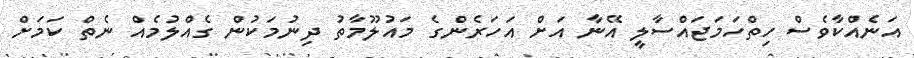
އަނެއްކާވެސް ހިތްހަމަޖައްސާލީ އޭނާ އަށް އަހަރެންގެ މައުލޫމާތު ދިނުމަކުން ގެއްލުމެއް ނެތް ކަމަށް